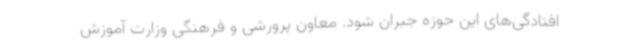
افتادگی‌های این حوزه جبران شود. معاون پرورشی و فرهنگی وزارت آموزش